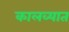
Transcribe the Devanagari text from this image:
कालव्यात